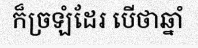
ក៏ច្រឡំដែរ បើថាឆ្នាំ